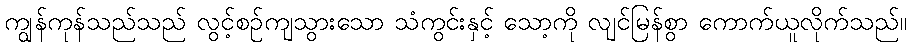
ကျွန်ကုန်သည်သည် လွင့်စဉ်ကျသွားသော သံကွင်းနှင့် သော့ကို လျင်မြန်စွာ ကောက်ယူလိုက်သည်။